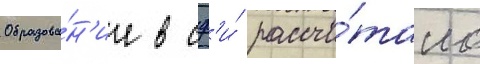
Образова́н'ие в сф'и́ рассчи́тано